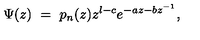
\Psi ( z ) \ = \ p _ { n } ( z ) z ^ { l - c } e ^ { - a z - b z ^ { - 1 } } ,